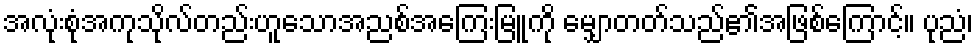
အလုံးစုံအကုသိုလ်တည်းဟူသောအညစ်အကြေးမြူကို မျှောတတ်သည်၏အဖြစ်ကြောင့်။ ပုညံ၊